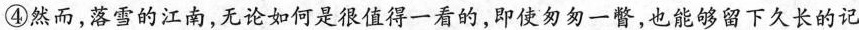
④然而，落雪的江南，无论如何是很值得一看的，即使匆匆一瞥，也能够留下久长的记。